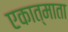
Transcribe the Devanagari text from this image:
एकात्माता